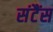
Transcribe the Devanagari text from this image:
संटैंस